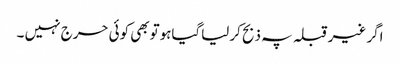
اگر غیرقبلہ پہ ذبح کرلیاگیاہوتوبھی کوئی حرج نہیں ۔